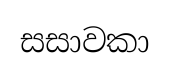
සසාවකා